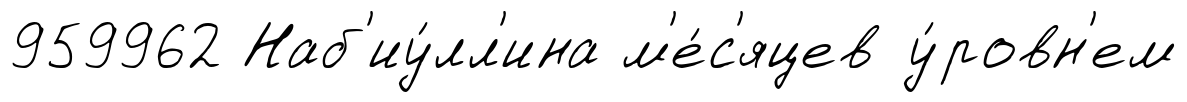
959962 Наб'иу́лл'ина м'е́с'яцев у́ровн'ем